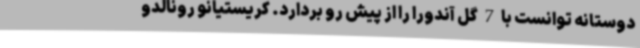
دوستانه توانست با 7 گل آندورا را از پیش رو بردارد. کریستیانو رونالدو